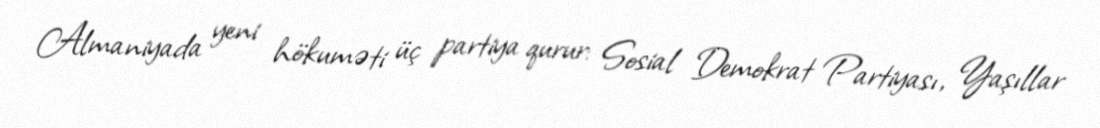
Almaniyada yeni hökuməti üç partiya qurur: Sosial Demokrat Partiyası, Yaşıllar